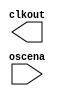

module osc (
	clkout,
	oscena);	

	output		clkout;
	input		oscena;
endmodule